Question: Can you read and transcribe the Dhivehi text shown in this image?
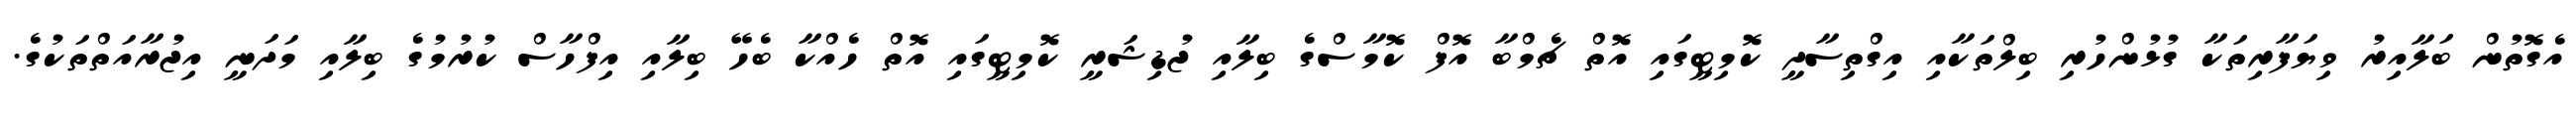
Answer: އެގޮތުން ބަލާއިރު ވިޔަފާރިތަކާ ގުޅުންހުރި ބިލްތަކާއި އިގްތިސާދީ ކޮމިޓީގައި އޮތް ޗެމްބާ އޮފް ކޮމާސްގެ ބިލާއި ޖުޑިޝަރީ ކޮމިޓީގައި އޮތް ހެއްކާ ބެހޭ ބިލާއި އިފްހާސް ކުރުމުގެ ބިލާއި މަދަނީ އިޖުރާއަތްތަކުގެ.